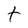
Character: t